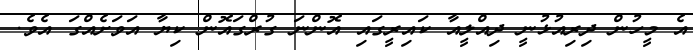
އެ މީހުން ދިރިއުޅުނީ ދިއްލީއާ ކައިރީގައި އޮންނަ ގުރްގައޮން ކިޔާ އަވަށެއްގަ އެވެ.